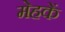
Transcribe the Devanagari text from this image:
मेहकें